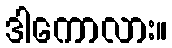
ဒါကောလား။